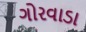
ગોરવાડા